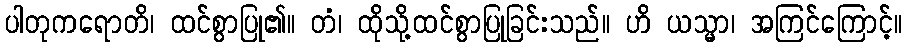
ပါတုကရောတိ၊ ထင်စွာပြု၏။ တံ၊ ထိုသို့ထင်စွာပြုခြင်းသည်။ ဟိ ယသ္မာ၊ အကြင်ကြောင့်။